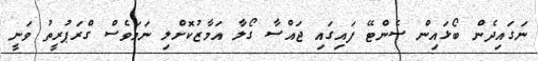
ނަގައިދެން ބޯޅައިން ސެންޓޭ ފައިގައި ޖައްސާ ގޯލާ އަމާޒުކޮށްލި ނަމަވެސް ގްރަޕުރީތު ވަނީ